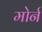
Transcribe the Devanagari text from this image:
मोर्न